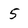
Character: 5